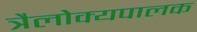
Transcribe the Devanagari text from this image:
त्रैलोक्यपालक